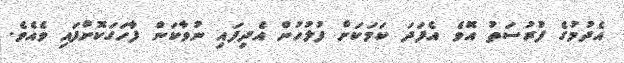
އެދުމުގެ ފުރުސަތު އޮވެ އެފަދަ ކަމަކަށް ފުލުހުން އެދިފައި ނުވާކަން ފާހަގަކޮށްފައި ވެއެވެ.